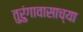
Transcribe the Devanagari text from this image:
तुरुंगावासाच्या